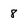
Character: 8